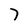
Character: 7